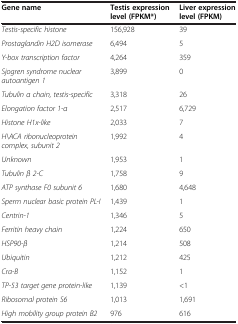
<table><thead><tr><td><b>Gene name</b></td><td><b>Testis expression level (FPKM*)</b></td><td><b>Liver expression level (FPKM)</b></td></tr></thead><tbody><tr><td><i>Testis-specific histone</i></td><td>156,928</td><td>39</td></tr><tr><td><i>Prostaglandin H2D isomerase</i></td><td>6,494</td><td>5</td></tr><tr><td><i>Y-box transcription factor</i></td><td>4,264</td><td>359</td></tr><tr><td><i>Sjogren syndrome nuclear autoantigen 1</i></td><td>3,899</td><td>0</td></tr><tr><td><i>Tubulin α chain, testis-specific</i></td><td>3,318</td><td>26</td></tr><tr><td><i>Elongation factor 1-α</i></td><td>2,517</td><td>6,729</td></tr><tr><td><i>Histone H1x-like</i></td><td>2,033</td><td>7</td></tr><tr><td><i>H\ACA ribonucleoprotein complex, subunit 2</i></td><td>1,992</td><td>4</td></tr><tr><td><i>Unknown</i></td><td>1,953</td><td>1</td></tr><tr><td><i>Tubulin β 2-C</i></td><td>1,758</td><td>9</td></tr><tr><td><i>ATP synthase F0 subunit 6</i></td><td>1,680</td><td>4,648</td></tr><tr><td><i>Sperm nuclear basic protein PL-I</i></td><td>1,439</td><td>1</td></tr><tr><td><i>Centrin-1</i></td><td>1,346</td><td>5</td></tr><tr><td><i>Ferritin heavy chain</i></td><td>1,224</td><td>650</td></tr><tr><td><i>HSP90-β</i></td><td>1,214</td><td>508</td></tr><tr><td><i>Ubiquitin</i></td><td>1,212</td><td>425</td></tr><tr><td><i>Cra-B</i></td><td>1,152</td><td>1</td></tr><tr><td><i>TP-53 target gene protein-like</i></td><td>1,139</td><td>&lt;1</td></tr><tr><td><i>Ribosomal protein S6</i></td><td>1,013</td><td>1,691</td></tr><tr><td><i>High mobility group protein B2</i></td><td>976</td><td>616</td></tr></tbody></table>